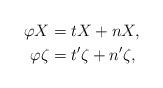
LaTeX: \begin{align*} \varphi X&=tX+nX,\\\varphi \zeta&=t'\zeta+n'\zeta, \end{align*}